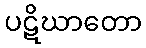
ပဋိဃာတော